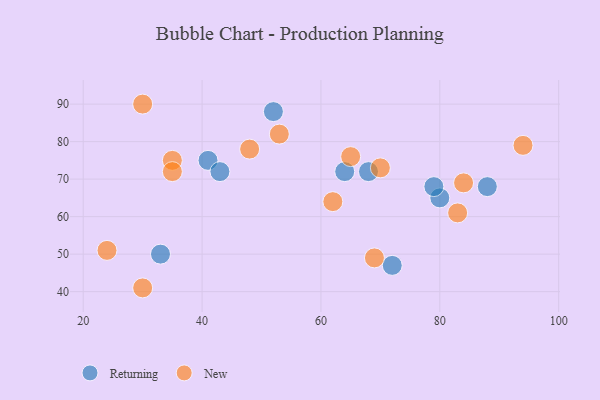
{"axis": {"x": "GDP", "y": "Life Expectancy"}, "legend": ["New", "Returning"], "data": [{"x": "80", "y": 65, "type": "Returning"}, {"x": "41", "y": 75, "type": "Returning"}, {"x": "52", "y": 88, "type": "Returning"}, {"x": "68", "y": 72, "type": "Returning"}, {"x": "33", "y": 50, "type": "Returning"}, {"x": "88", "y": 68, "type": "Returning"}, {"x": "43", "y": 72, "type": "Returning"}, {"x": "64", "y": 72, "type": "Returning"}, {"x": "72", "y": 47, "type": "Returning"}, {"x": "79", "y": 68, "type": "Returning"}, {"x": "83", "y": 61, "type": "New"}, {"x": "84", "y": 69, "type": "New"}, {"x": "69", "y": 49, "type": "New"}, {"x": "94", "y": 79, "type": "New"}, {"x": "35", "y": 75, "type": "New"}, {"x": "48", "y": 78, "type": "New"}, {"x": "62", "y": 64, "type": "New"}, {"x": "35", "y": 72, "type": "New"}, {"x": "30", "y": 90, "type": "New"}, {"x": "30", "y": 41, "type": "New"}, {"x": "70", "y": 73, "type": "New"}, {"x": "65", "y": 76, "type": "New"}, {"x": "24", "y": 51, "type": "New"}, {"x": "53", "y": 82, "type": "New"}]}